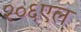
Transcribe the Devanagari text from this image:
२०६एल